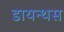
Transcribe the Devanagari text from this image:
डायन्थस